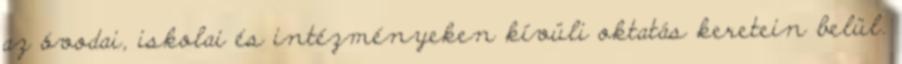
az óvodai, iskolai és intézményeken kívüli oktatás keretein belül.